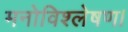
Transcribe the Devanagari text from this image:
मनोविश्लेषण।